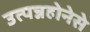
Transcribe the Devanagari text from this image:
उत्पन्नहोनेसे